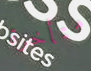
متأخرة